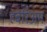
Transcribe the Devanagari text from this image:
हबेर्रिअम